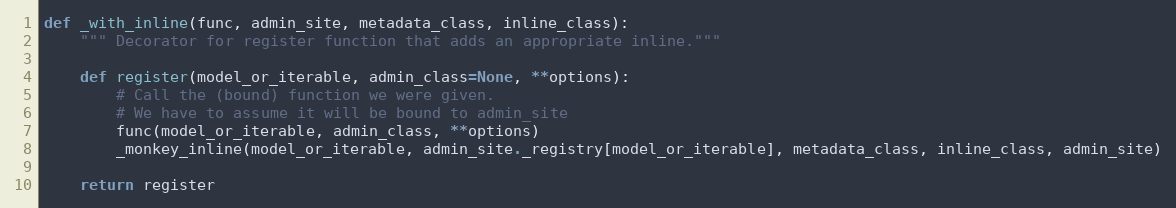
Language: Python
def _with_inline(func, admin_site, metadata_class, inline_class):
    """ Decorator for register function that adds an appropriate inline."""

    def register(model_or_iterable, admin_class=None, **options):
        # Call the (bound) function we were given.
        # We have to assume it will be bound to admin_site
        func(model_or_iterable, admin_class, **options)
        _monkey_inline(model_or_iterable, admin_site._registry[model_or_iterable], metadata_class, inline_class, admin_site)

    return register